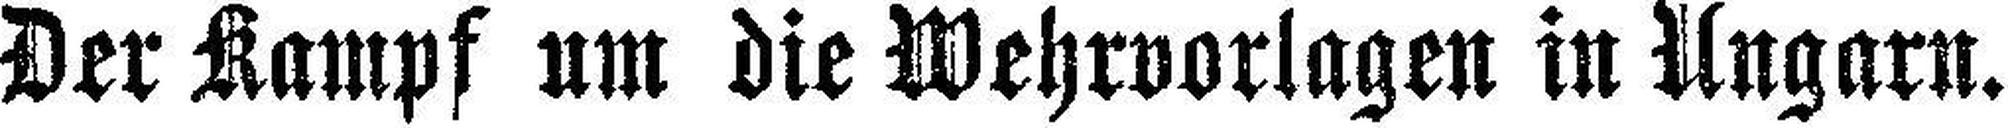
Der Kampf um die Wehrvorlagen in Ungarn.